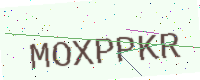
Text: MOXPPKR